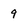
Character: 9